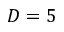
D = 5